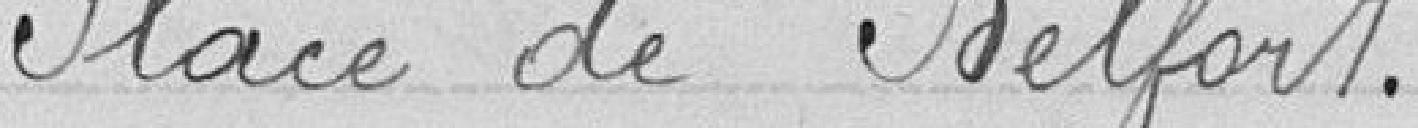
Place de Belfort.